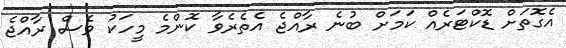
އެގޮތަށް ޑޮކްޓަރެއް ކަމަށް ބުނެ ރާއްޖެ އެތެރެވާ ކޮންމެ މީހަކު ވެސް ރާއްޖެ